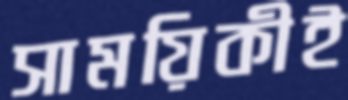
সাময়িকীই